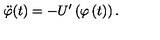
\ddot { \varphi } ( t ) = - U ^ { \prime } \left( \varphi \left( t \right) \right) .